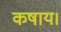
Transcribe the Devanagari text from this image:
कषाय।